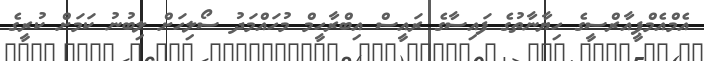
އެމްއެމްޕީއާރްސީގެ ހިޔާނާތުގެ ފައިސާގެ ރައީސް އިބްރާހީމް މުހައްމަދު ސޯލިހަށް ލިބުނު ކަމަށް ކުރީގެ